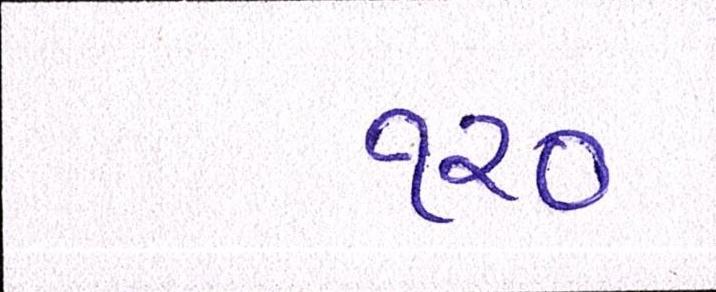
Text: ૧૨૦